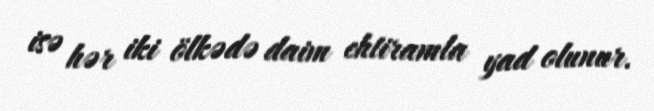
isə hər iki ölkədə daim ehtiramla yad olunur.